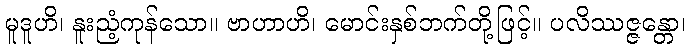
မူဒူဟိ၊ နူးညံ့ကုန်သော။ ဗာဟာဟိ၊ မောင်းနှစ်ဘက်တို့ဖြင့်။ ပလိဿဇ္ဇန္တော၊